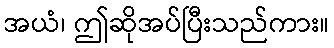
အယံ၊ ဤဆိုအပ်ပြီးသည်ကား။